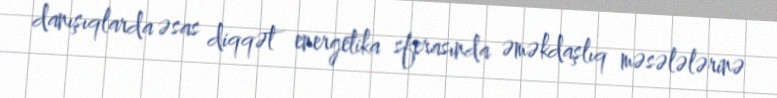
danışıqlarda əsas diqqət energetika sferasında əməkdaşlıq məsələlərinə